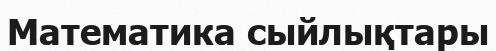
Математика сыйлықтары